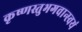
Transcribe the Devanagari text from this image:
कृष्णस्तुभगवान्स्वयं